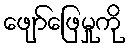
ဖျော်ဖြေမှုကို